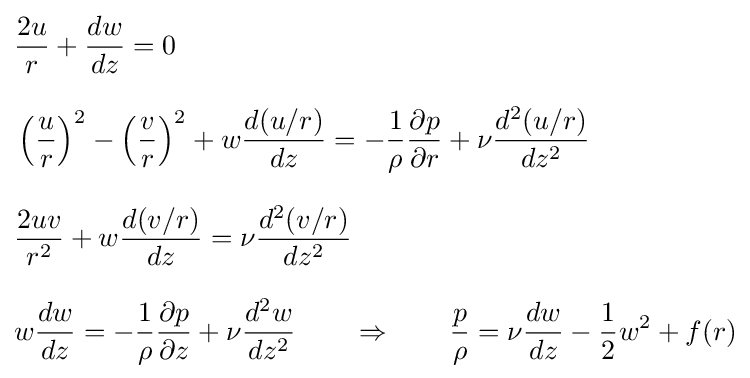
{\begin{aligned}&{\frac {2u}{r}}+{\frac {dw}{dz}}=0\\[8pt]&\left({\frac {u}{r}}\right)^{2}-\left({\frac {v}{r}}\right)^{2}+w{\frac {d(u/r)}{dz}}=-{\frac {1}{\rho }}{\frac {\partial p}{\partial r}}+\nu {\frac {d^{2}(u/r)}{dz^{2}}}\\[8pt]&{\frac {2uv}{r^{2}}}+w{\frac {d(v/r)}{dz}}=\nu {\frac {d^{2}(v/r)}{dz^{2}}}\\[8pt]&w{\frac {dw}{dz}}=-{\frac {1}{\rho }}{\frac {\partial p}{\partial z}}+\nu {\frac {d^{2}w}{dz^{2}}}\qquad \Rightarrow \qquad {\frac {p}{\rho }}=\nu {\frac {dw}{dz}}-{\frac {1}{2}}w^{2}+f(r)\end{aligned}}